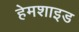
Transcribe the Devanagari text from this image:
हेमशाइड